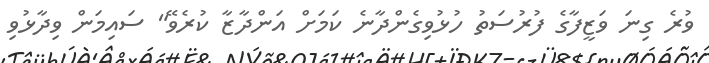
ވުރެ ގިނަ ވަޒީފާގެ ފުރުސަތު ހުޅުވިގެންދާނެ ކަމަށް އަންދާޒާ ކުރެވޭ" ސައިމަން ވިދާޅުވި